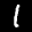
Label: 1